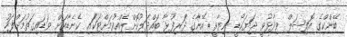
ބޭންކްގެ އޮފިޝަލް ވިދާޅުވީ ޖަޔަކޯޑީ ނިޔާވީ އޭނާގެ ދަރިފުޅާ ބައްދަލުކޮށްލެއްވުމަށްޓަކައި ކެނެޑާއަށް ވަޑައިގަތުމަށްފަހު